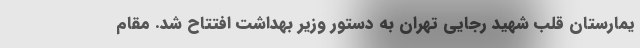
یمارستان قلب شهید رجایی تهران به دستور وزیر بهداشت افتتاح شد. مقام